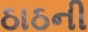
ઠાઠની